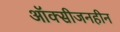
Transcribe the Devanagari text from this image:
ऑक्सीजनहीन